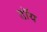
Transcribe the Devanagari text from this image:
डॉय